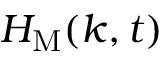
H _ { \mathrm { M } } ( k , t )